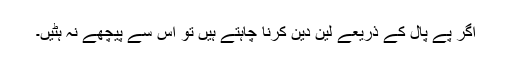
اگر پے پال کے ذریعے لین دین کرنا چاہتے ہیں تو اس سے پیچھے نہ ہٹیں۔